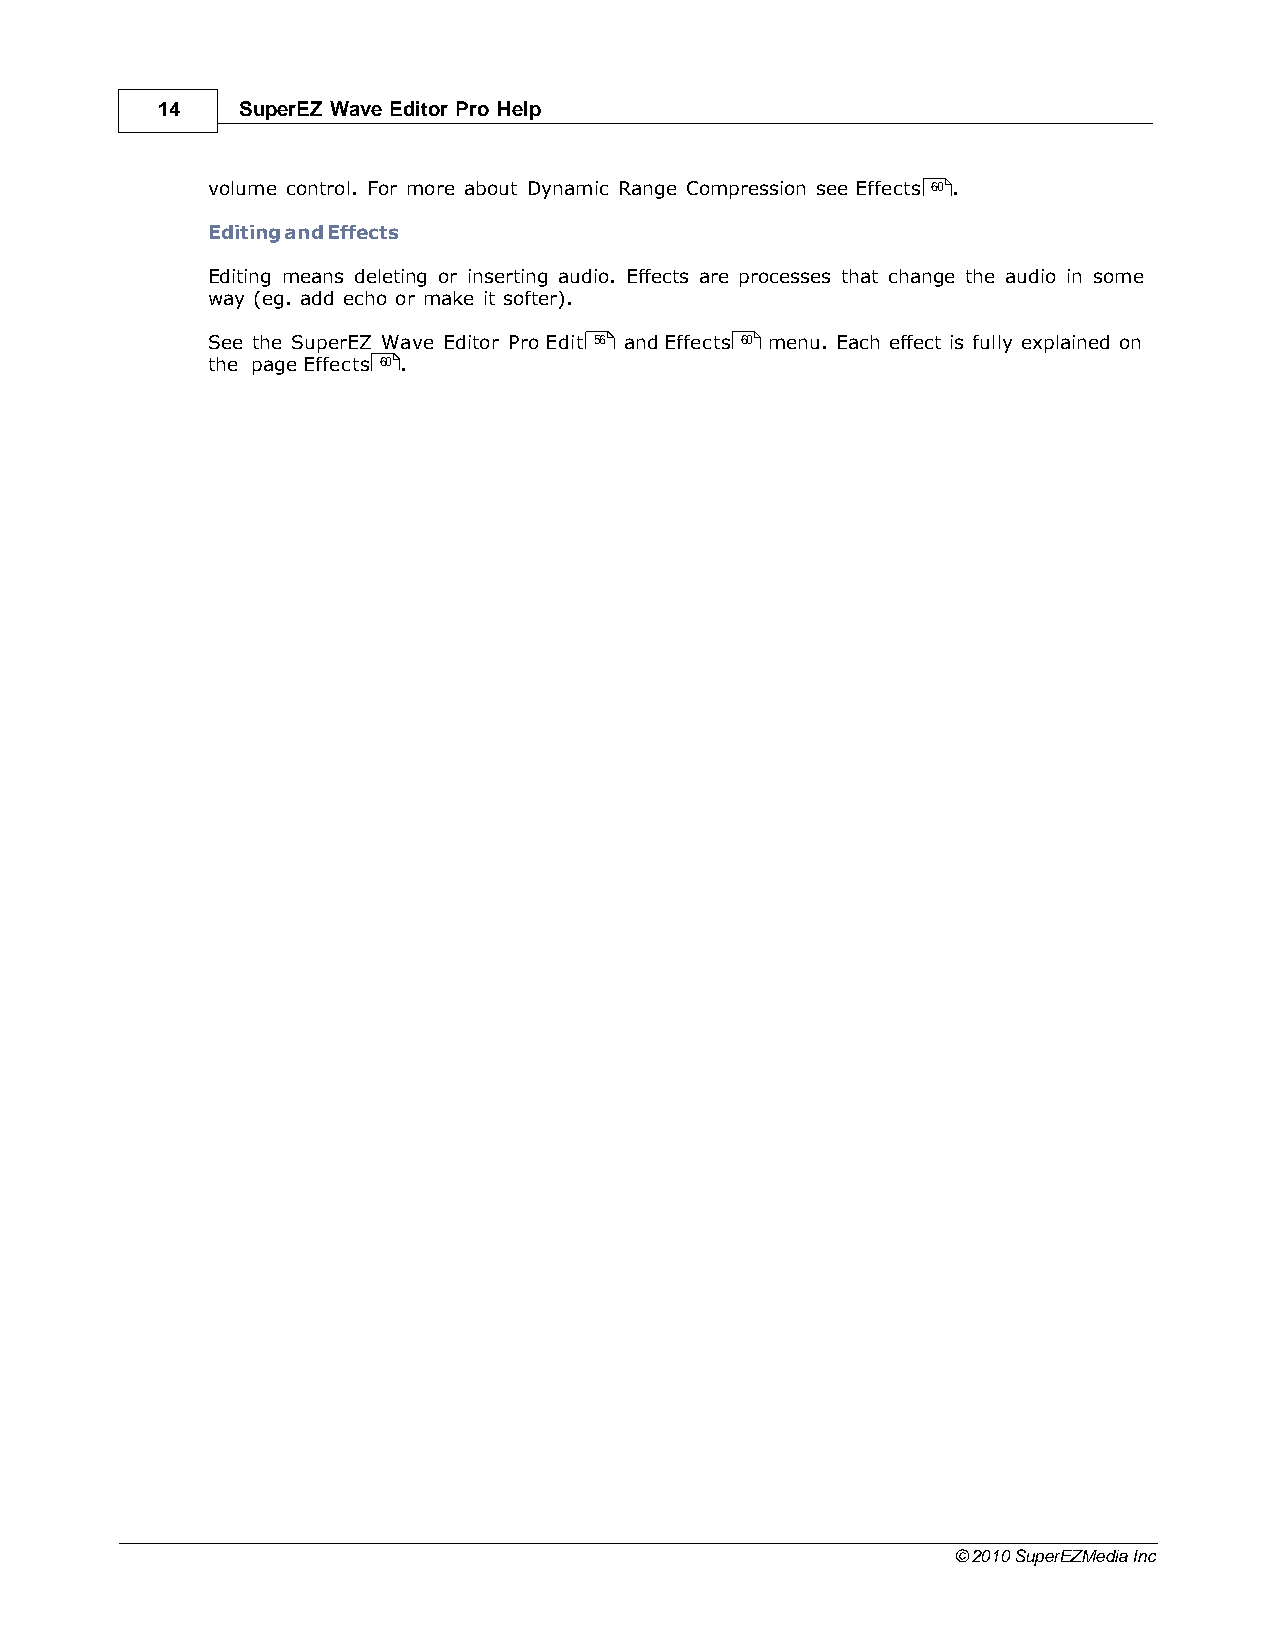
14    SuperEZ Wave Editor Pro Help
 volume control. For more about Dynamic Range Compression see Effects 60 .
 Editing and Effects
 Editing means deleting or inserting audio. Effects are processes that change the audio in some
 way (eg. add echo or make it softer).
 See the SuperEZ Wave Editor Pro Edit 56 and Effects 60 menu. Each effect is fully explained on
 the page Effects 60 .
 © 2010 SuperEZMedia Inc